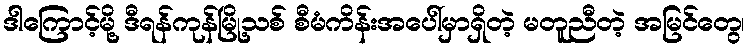
ဒါကြောင့်မို့ ဒီရန်ကုန်မြို့သစ် စီမံကိန်းအပေါ်မှာရှိတဲ့ မတူညီတဲ့ အမြင်တွေ၊